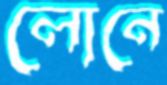
লোনে